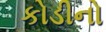
કોડીનો